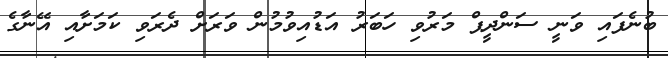
ބުނެފައި ވަނީ ސަންދީޕް މަރުވި ހަބަރު އަޑުއިވުމުން ވަރަށް ދެރަވި ކަމަށާއި އޭނާގެ